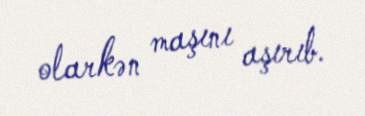
olarkən maşını aşırıb.